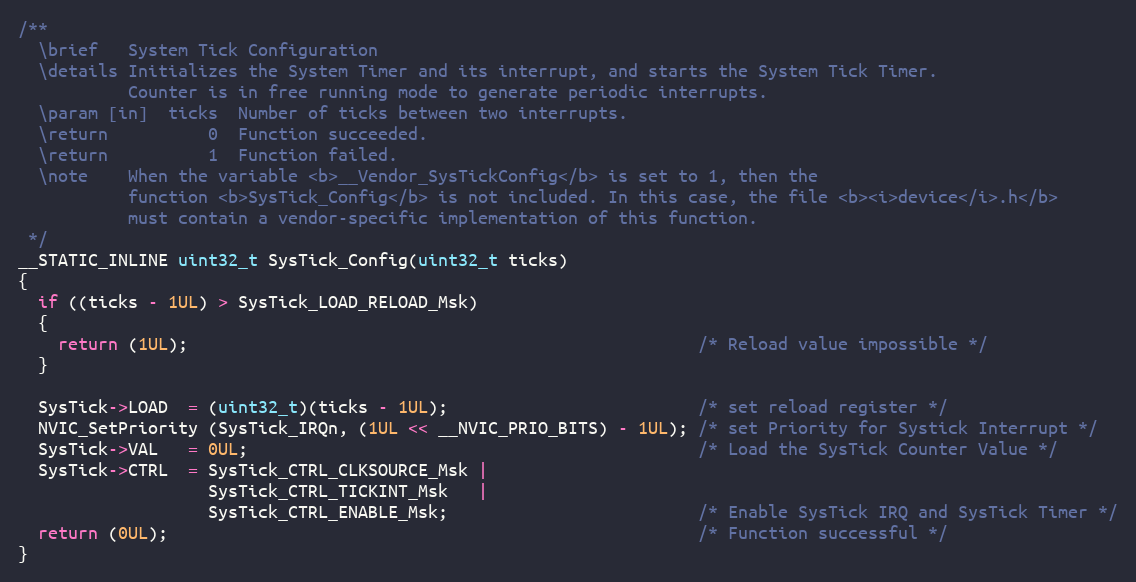
Language: C
/**
  \brief   System Tick Configuration
  \details Initializes the System Timer and its interrupt, and starts the System Tick Timer.
           Counter is in free running mode to generate periodic interrupts.
  \param [in]  ticks  Number of ticks between two interrupts.
  \return          0  Function succeeded.
  \return          1  Function failed.
  \note    When the variable <b>__Vendor_SysTickConfig</b> is set to 1, then the
           function <b>SysTick_Config</b> is not included. In this case, the file <b><i>device</i>.h</b>
           must contain a vendor-specific implementation of this function.
 */
__STATIC_INLINE uint32_t SysTick_Config(uint32_t ticks)
{
  if ((ticks - 1UL) > SysTick_LOAD_RELOAD_Msk)
  {
    return (1UL);                                                   /* Reload value impossible */
  }

  SysTick->LOAD  = (uint32_t)(ticks - 1UL);                         /* set reload register */
  NVIC_SetPriority (SysTick_IRQn, (1UL << __NVIC_PRIO_BITS) - 1UL); /* set Priority for Systick Interrupt */
  SysTick->VAL   = 0UL;                                             /* Load the SysTick Counter Value */
  SysTick->CTRL  = SysTick_CTRL_CLKSOURCE_Msk |
                   SysTick_CTRL_TICKINT_Msk   |
                   SysTick_CTRL_ENABLE_Msk;                         /* Enable SysTick IRQ and SysTick Timer */
  return (0UL);                                                     /* Function successful */
}